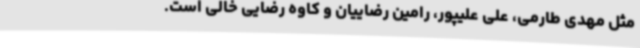
مثل مهدی طارمی، علی علیپور، رامین رضاییان و کاوه رضایی خالی است.